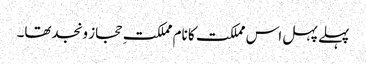
پہلے پہل اس مملکت کا نام مملکتِ حجاز ونجدتھا۔